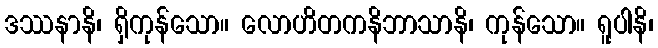
ဒဿနာနိ၊ ရှိကုန်သော။ လောဟိတကနိဘာသာနိ၊ ကုန်သော။ ရူပါနိ၊